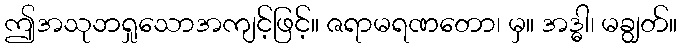
ဤအသုဘရှုသောအကျင့်ဖြင့်။ ဇရာမရဏတော၊ မှ။ အဒ္ဓါ၊ မချွတ်။